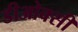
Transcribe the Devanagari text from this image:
डीओक्सी